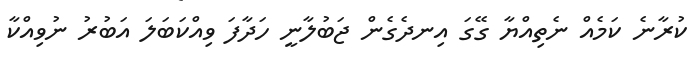
ކުރާނެ ކަމެއް ނެތިއްޔާ ގޭގަ އިނދެގެން ޖަބުލާނީ ހަދާފަ ވިއްކަބަލަ އަބުރު ނުވިއްކާ